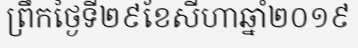
ព្រឹកថ្ងៃទី២៩ខែសីហាឆ្នាំ២០១៩